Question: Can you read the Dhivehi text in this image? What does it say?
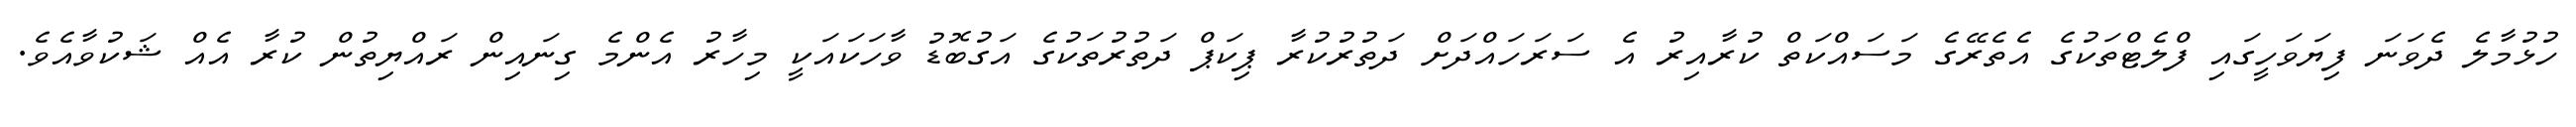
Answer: ހުޅުމާލެ ދެވަނަ ފިޔަވަހީގައި ފްލެޓްތަކުގެ އެތެރޭގެ މަސައްކަތް ކުރާއިރު އެ ސަރަހައްދަށް ދަތުރުކުރާ ޕިކަޕް ދަތުރުތަކުގެ އަގުބޮޑު ވާހަކައަކީ މިހާރު އެންމެ ގިނައިން ރައްޔިތުން ކުރާ އެއް ޝަކުވާއެވެ.